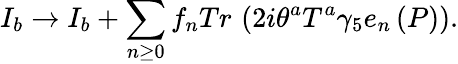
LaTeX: I_{b}\rightarrow I_{b}+\sum_{n\geq 0}f_{n}Tr\, \left(2i\theta^{a}T^{a}\gamma_{5}e_{n}\left(P\right)\right).